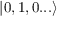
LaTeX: | 0 , 1 , 0 . . . \rangle